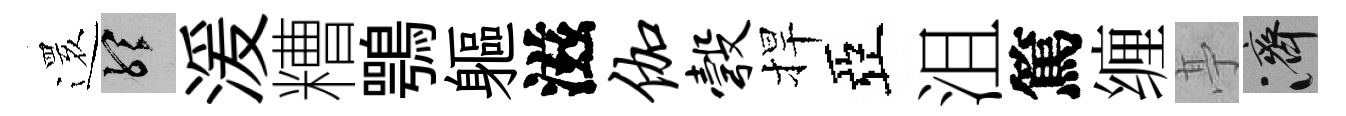
𮟃聽湲糟鶚軀滋伽彀捍亞沮篤缠𠅘濟